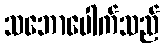
သဘောပေါက်သည်